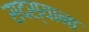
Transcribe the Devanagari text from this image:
सदस्याना